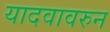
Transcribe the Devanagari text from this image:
यादवावरुन